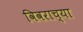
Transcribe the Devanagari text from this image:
विवराच्या